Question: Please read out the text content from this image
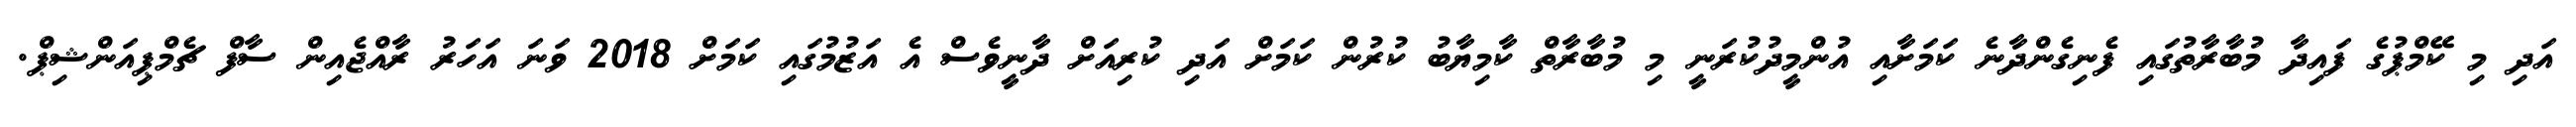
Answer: އަދި މި ކޭމްޕުގެ ފައިދާ މުބާރާތުގައި ފެނިގެންދާނެ ކަމަށާއި އުންމީދުކުރަނީ މި މުބާރާތް ކާމިޔާބު ކުރުން ކަމަށް އަދި ކުރިއަށް ދާނީވެސް އެ އަޒުމުގައި ކަމަށް 2018 ވަނަ އަހަރު ރާއްޖެއިން ސާފް ޗެމްޕިއަންޝިޕް.